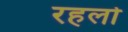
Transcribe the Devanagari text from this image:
रहलो